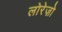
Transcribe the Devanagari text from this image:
लोरेज़ो